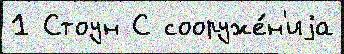
1 Стоун С сооруже́н'иjа